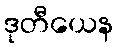
ဒုတီယေန